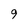
Character: 9